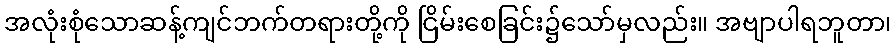
အလုံးစုံသောဆန့်ကျင်ဘက်တရားတို့ကို ငြိမ်းစေခြင်း၌သော်မှလည်း။ အဗျာပါရဘူတာ၊